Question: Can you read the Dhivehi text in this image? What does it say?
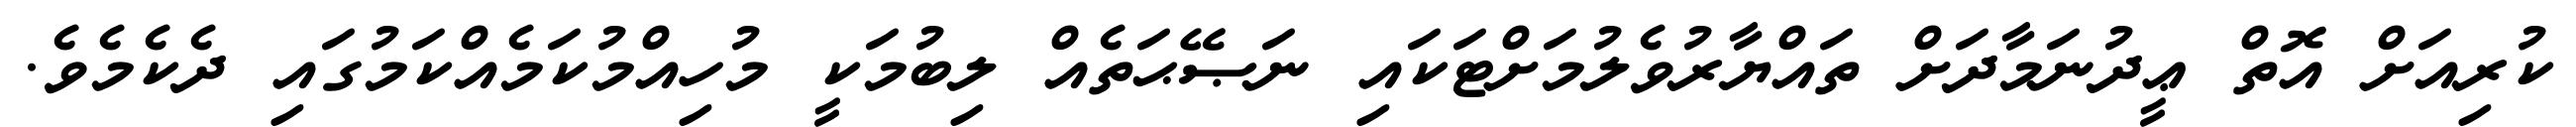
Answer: ކުރިއަށް އޮތް ޢީދުނަމާދަށް ތައްޔާރުވެލުމަށްޓަކައި ނަޞޭޙަތެއް ލިބުމަކީ މުހިއްމުކަމެއްކަމުގައި ދެކެމެވެ.